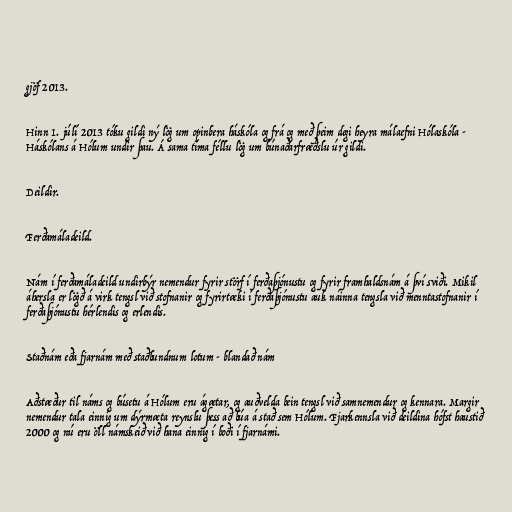
gjöf 2013.

Hinn 1. júlí 2013 tóku gildi ný lög um opinbera háskóla og frá og með þeim degi heyra málaefni Hólaskóla -
Háskólans á Hólum undir þau. Á sama tíma féllu lög um búnaðarfræðslu úr gildi.

Deildir.

Ferðamáladeild.

Nám í ferðamáladeild undirbýr nemendur fyrir störf í ferðaþjónustu og fyrir framhaldsnám á því sviði. Mikil
áhersla er lögð á virk tengsl við stofnanir og fyrirtæki í ferðaþjónustu auk náinna tengsla við menntastofnanir í
ferðaþjónustu hérlendis og erlendis.

Staðnám eða fjarnám með staðbundnum lotum - blandað nám

Aðstæður til náms og búsetu á Hólum eru ágætar, og auðvelda bein tengsl við samnemendur og kennara. Margir
nemendur tala einnig um dýrmæta reynslu þess að búa á stað sem Hólum. Fjarkennsla við deildina hófst haustið
2000 og nú eru öll námskeið við hana einnig í boði í fjarnámi.